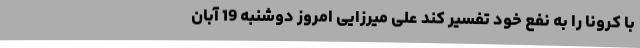
با کرونا را به نفع خود تفسیر کند علی میرزایی امروز دوشنبه 19 آبان